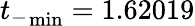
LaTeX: {t_{-}}_{\mathrm{min}}=1.62019